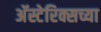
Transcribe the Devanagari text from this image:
अॅस्टेरिक्सच्या